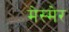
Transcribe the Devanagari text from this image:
मेस्मेर